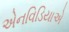
એનવિડિયાએ